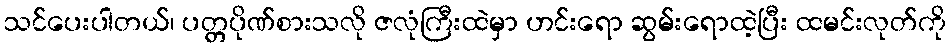
သင်ပေးပါတယ်၊ ပတ္တပိုဏ်စားသလို ဇလုံကြီးထဲမှာ ဟင်းရော ဆွမ်းရောထဲ့ပြီး ထမင်းလုတ်ကို